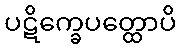
ပဋိက္ခေပတ္ထောပိ